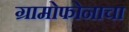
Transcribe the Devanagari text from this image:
ग्रामोफोनाचा